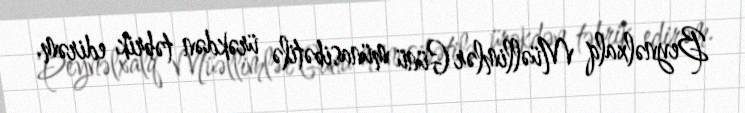
Beynəlxalq Müəllimlər Günü münasibətilə ürəkdən təbrik edirəm.